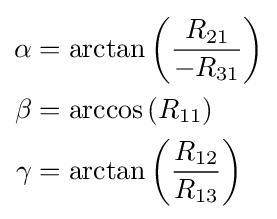
{\begin{aligned}\alpha &=\arctan \left({\frac {R_{21}}{-R_{31}}}\right)\\\beta &=\arccos \left(R_{11}\right)\\\gamma &=\arctan \left({\frac {R_{12}}{R_{13}}}\right)\end{aligned}}